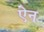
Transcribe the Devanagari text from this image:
एेन